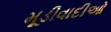
મૂડીવાદીઓ